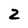
Character: 2